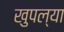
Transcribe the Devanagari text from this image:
खुपल्या